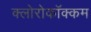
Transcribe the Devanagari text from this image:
क्लोरोकॉक्कम